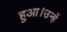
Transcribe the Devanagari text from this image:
हुआ।उन्हें